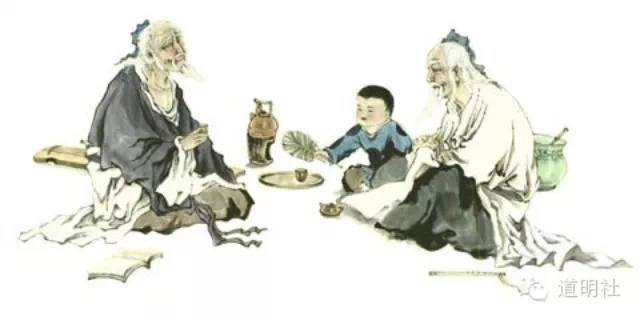
君子居易以俟命，小人行险以徼幸。